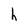
Character: h